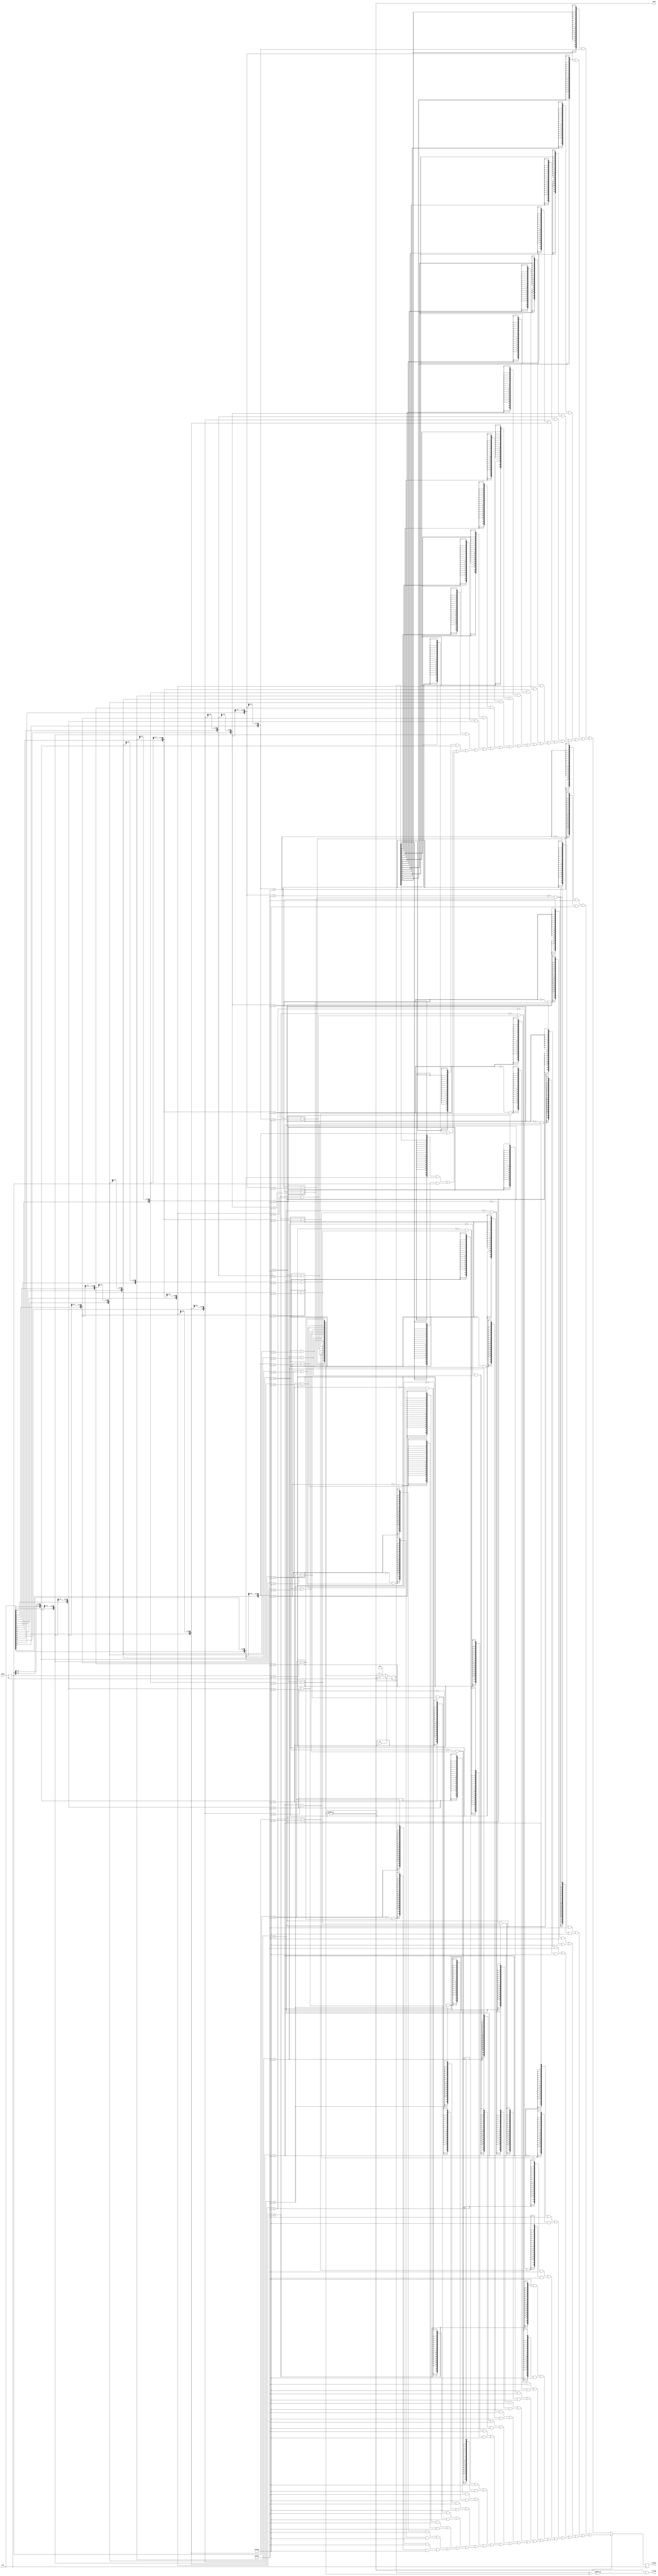
/*!
 * <b>Module:</b>gtx_comma_align
 * @file gtx_comma_align.v
 * @date  2015-07-11  
 * @author Alexey     
 *
 * @brief comma aligner implementation
 *
 * @copyright Copyright (c) 2015 Elphel, Inc.
 *
 * <b>License:</b>
 *
 * gtx_comma_align.v is free software; you can redistribute it and/or modify
 * it under the terms of the GNU General Public License as published by
 * the Free Software Foundation, either version 3 of the License, or
 * (at your option) any later version.
 *
 * gtx_comma_align.v file is distributed in the hope that it will be useful,
 * but WITHOUT ANY WARRANTY; without even the implied warranty of
 * MERCHANTABILITY or FITNESS FOR A PARTICULAR PURPOSE.  See the
 * GNU General Public License for more details.
 *
 * You should have received a copy of the GNU General Public License
 * along with this program.  If not, see <http://www.gnu.org/licenses/> .
 *
 * Additional permission under GNU GPL version 3 section 7:
 * If you modify this Program, or any covered work, by linking or combining it
 * with independent modules provided by the FPGA vendor only (this permission
 * does not extend to any 3-rd party modules, "soft cores" or macros) under
 * different license terms solely for the purpose of generating binary "bitstream"
 * files and/or simulating the code, the copyright holders of this Program give
 * you the right to distribute the covered work without those independent modules
 * as long as the source code for them is available from the FPGA vendor free of
 * charge, and there is no dependence on any encrypted modules for simulating of
 * the combined code. This permission applies to you if the distributed code
 * contains all the components and scripts required to completely simulate it
 * with at least one of the Free Software programs.
 */
module gtx_comma_align(
    input   wire            rst,
    input   wire            clk,
    // input data comes this way (standart 8/10 bit notation)
    // cycle 0: {[hgfedcba]=1st byte,[hgfedcba]=0st byte}
    // cycle 1: {[hgfedcba]=3rd byte,[hgfedcba]=2dn byte}
    // => {[cycle1 data], [cycle0 data]} = as if we were reading by dwords
    input   wire    [19:0]  indata,
    output  wire    [19:0]  outdata,
    // outdata contains comma
    output  wire            comma,
    // pulse, indicating that stream was once again adjusted to a comma
    // if asserted after link was down - OK
    // if asserted during a work - most likely indicates an error in a stream
    output  wire            realign
    // asserted when input stream looks like comma, but it is not
    // later on after 10/8 it would get something link NOTINTHETABLE error anyways
//    output  wire            error
);
// only comma character = K28.5, has 5 '1's or 5 '0's in a row. 
// after we met it, call it a comma group, we could compare other symbols
/*
// create a window
reg     [19:0]  indata_r;
wire    [23:0]  window;
always @ (posedge clk)
    indata_r <= indata;
assign  window = {indata_r[17:0], indata[19:14]};

// search for a comma group - parallel 24-bit window into 20 5-bit words
// transposed -> 5 x 20-bit words
wire    [19:0] lane0;
wire    [19:0] lane1;
wire    [19:0] lane2;
wire    [19:0] lane3;
wire    [19:0] lane4;
assign  lane0 = window[19:0];
assign  lane1 = window[20:1];
assign  lane2 = window[21:2];
assign  lane3 = window[22:3];
assign  lane4 = window[23:4];
// calcute at what position in a window comma group is detected, 
// so the position in actual {indata_r, indata} would be +2 from the left side
wire    [19:0] comma_pos;
assign  comma_pos = lane0 & lane1 & lane2 & lane3 & lane4;
*/

// seach for a comma
// TODO make it less expensive
reg     [19:0] indata_r;
wire    [38:0] window;
always @ (posedge clk)
    indata_r <= indata;
assign  window = {indata[18:0], indata_r};

// there is only 1 matched subwindow due to 20-bit comma's non-repetative pattern
wire    [19:0]  subwindow [19:0];
wire    [19:0]  comma_match;
wire    [19:0]  comma_match_p;
reg     [19:0]  aligned_data;
reg     [19:0]  comma_match_prev;
wire            comma_detected;
wire    [19:0]  comma_p = 20'b10101010100101111100;
wire    [19:0]  comma_n = 20'b10101010101010000011;

genvar ii;
generate
    for (ii = 0; ii < 20; ii = ii + 1)
    begin: look_for_comma
        assign  subwindow[ii]   = window[ii + 19:ii];
//        assign  comma_match[ii] = subwindow[ii] == 20'b01010101010011111010 | subwindow[ii] == 20'b01010101011100000101;
        // stream comes inverted
        assign  comma_match_p[ii] = subwindow[ii] == comma_p;
        assign  comma_match[ii]   = comma_match_p[ii] | subwindow[ii] == comma_n;
    end
endgenerate

assign  comma_detected = |comma_match;

// save the shift count
always @ (posedge clk)
    comma_match_prev <= rst ? 20'h1 : comma_detected ? comma_match : comma_match_prev;
// shift
/* TODO
wire    [38:0] shifted_window;
assign  shifted_window = comma_detected ? {window >> (comma_match - 1)} : {window >> (comma_match_prev - 1)};
*/
// temp shift
wire    [19:0]  shifted_window;
wire    [19:0]  ored_subwindow [19:0];
wire    [19:0]  ored_subwindow_comdet [19:0];
assign  ored_subwindow_comdet[0] = {20{comma_match_p[0]}} & comma_p | {20{~comma_match_p[0] & comma_match[0]}} & comma_n;
assign  ored_subwindow[0]       = {20{comma_match_prev[0]}} & subwindow[0];
generate
    for (ii = 1; ii < 20; ii = ii + 1)
    begin: or_all_possible_windows
        assign ored_subwindow_comdet[ii] = {20{comma_match_p[ii]}} & comma_p | {20{~comma_match_p[ii] & comma_match[ii]}} & comma_n | ored_subwindow_comdet[ii-1];  // SuppressThisWarning VEditor -warning would be fixed in future releases
        assign ored_subwindow[ii]        = {20{comma_match_prev[ii]}} & subwindow[ii] | ored_subwindow[ii-1];                                                       // SuppressThisWarning VEditor -warning would be fixed in future releases
    end
endgenerate

assign  shifted_window = comma_detected ? ored_subwindow_comdet[19] : ored_subwindow[19];
always @ (posedge clk)
//    aligned_data <= comma_detected ? {window >> (comma_match - 1)}[19:0] : {window >> (comma_match_prev - 1)}[19:0];
    aligned_data <= shifted_window[19:0];

// form outputs
assign  comma   = comma_detected;
assign  realign = comma_detected & |(comma_match_prev ^ comma_match);
assign  outdata = aligned_data;

endmodule